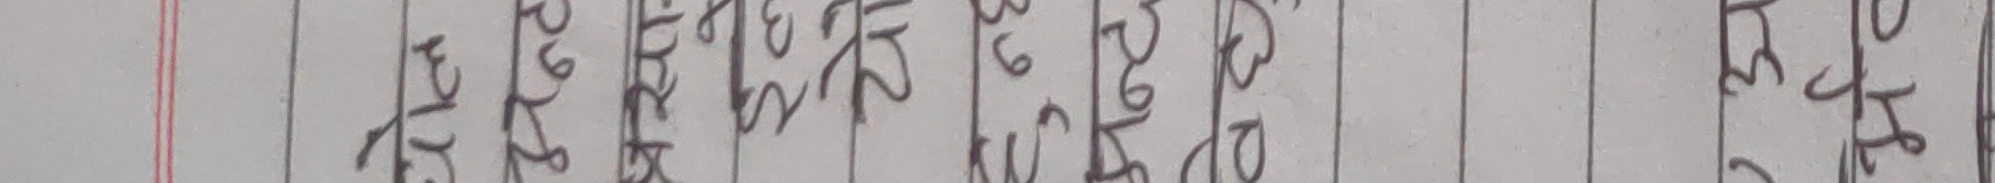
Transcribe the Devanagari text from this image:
तेह भूटानी काठ ५६४६ प्रभा देवन